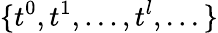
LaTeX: \{ t^{0},t^{1},...,t^{l},...\}